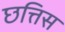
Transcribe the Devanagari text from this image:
छत्तिस